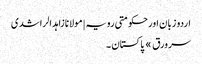
اردو زبان اور حکومتی رویہ | مولانا زاہد الراشدی
سرورق » پاکستان ۔